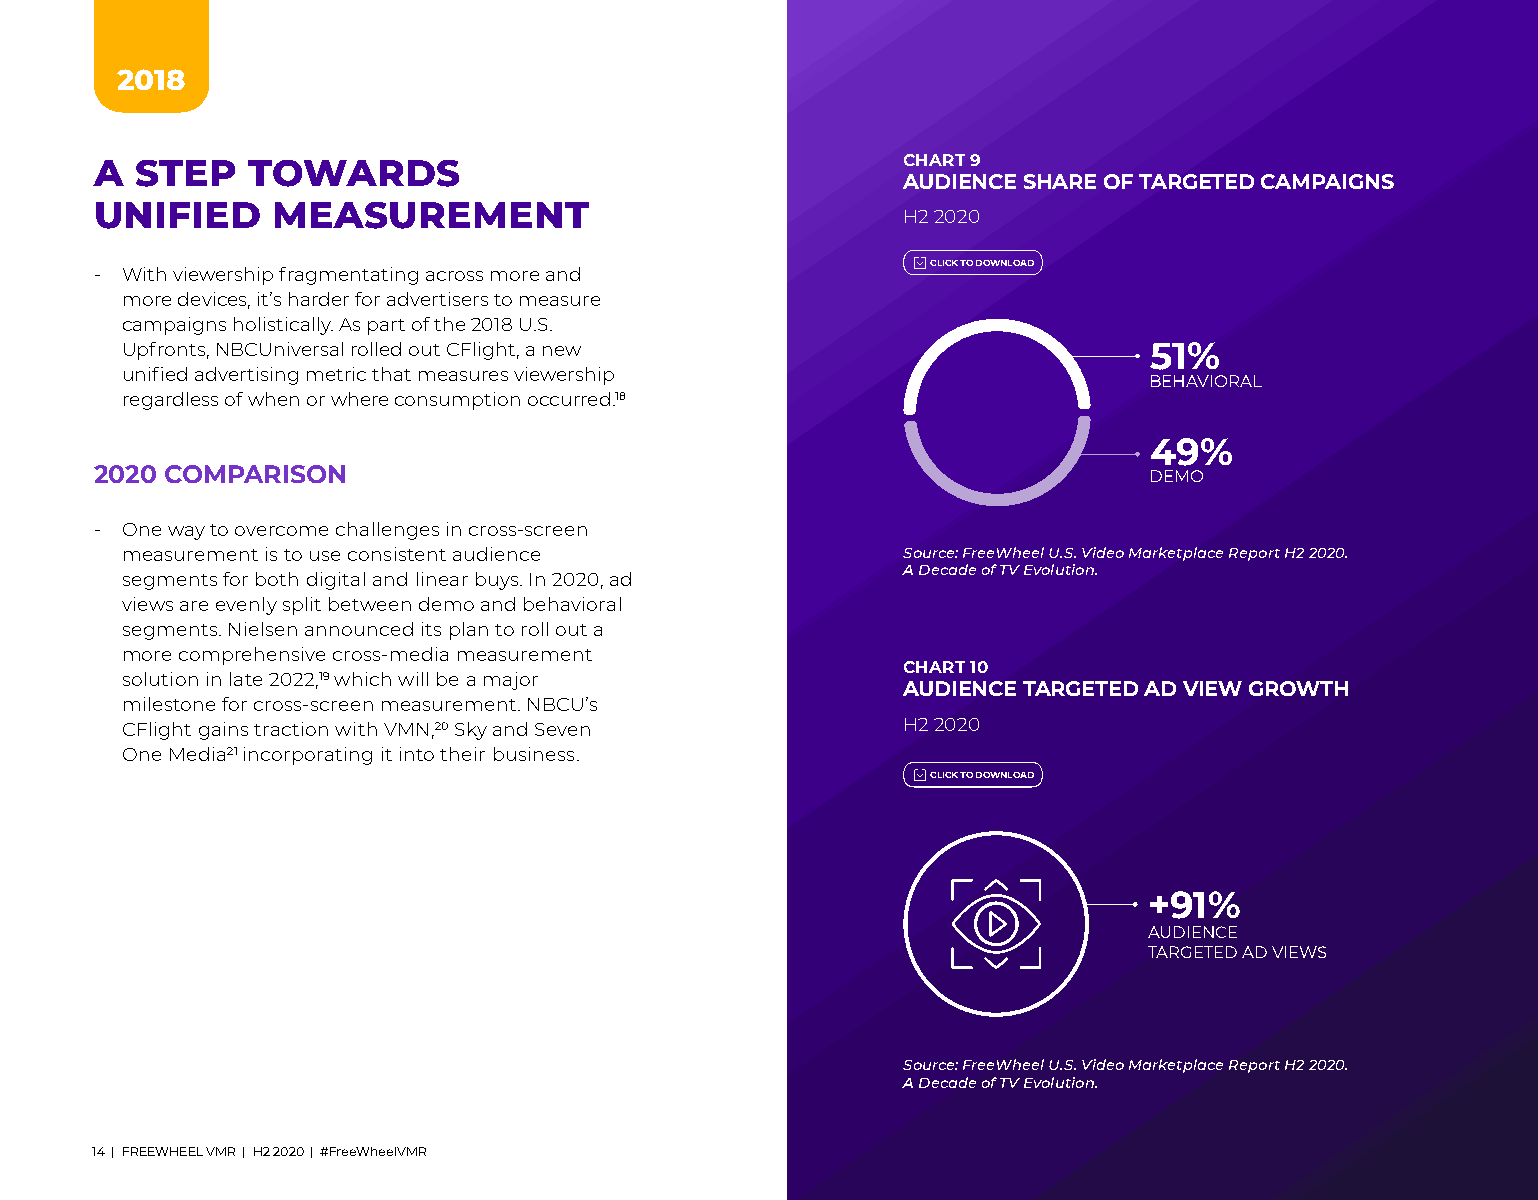
2018
 A  STEP   TOWARDS                                     CHART 9
 AUDIENCE SHARE OF TARGETED CAMPAIGNS
 UNIFIED     MEASUREMENT
 H2 2020
 CLICK TO DOWNLOAD
 ‐ With viewership fragmentating across more and
 more devices, it’s harder for advertisers to measure
 campaigns holistically. As part of the 2018 U.S.
 Upfronts, NBCUniversal rolled out CFlight, a new                    51%
 unified advertising metric that measures viewership
 BEHAVIORAL
 regardless of when or where consumption occurred .18
 49%
 2020 COMPARISON                                                       DEMO
 ‐ One way to overcome challenges in cross-screen
 measurement is to use consistent audience           Source: FreeWheel U.S. Video Marketplace Report H2 2020.
 A Decade of TV Evolution.
 segments for both digital and linear buys. In 2020, ad
 views are evenly split between demo and behavioral
 segments. Nielsen announced its plan to roll out a
 more comprehensive cross-media measurement
 CHART 10
 solution in late 2022,19 which will be a major
 AUDIENCE TARGETED AD VIEW GROWTH
 milestone for cross-screen measurement. NBCU’s
 CFlight gains traction with VMN,20 Sky and Seven    H2 2020
 One Media21 incorporating it into their business.
 CLICK TO DOWNLOAD
 +91%
 AUDIENCE
 TARGETED AD VIEWS
 Source: FreeWheel U.S. Video Marketplace Report H2 2020.
 A Decade of TV Evolution.
 14 | FREEWHEEL VMR | H2 2020 | #FreeWheelVMR